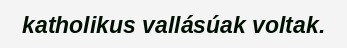
katholikus vallásúak voltak.